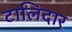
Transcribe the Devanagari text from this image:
टालिदार